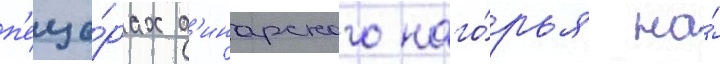
п'еще́рах д'инарского наго́рья на́